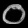
Digit: ၀